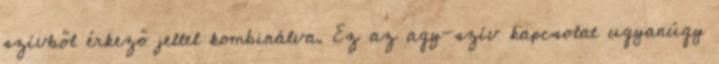
szívből érkező jellel kombinálva. Ez az agy-szív kapcsolat ugyanúgy